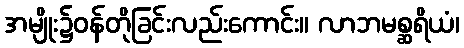
အမျိုး၌ဝန်တိုခြင်းလည်းကောင်း။ လာဘမစ္ဆရိယံ၊